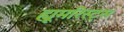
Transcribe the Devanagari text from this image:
ह्यूमरिस्ट्स